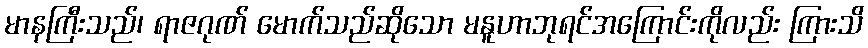
မာနကြီးသည်၊ ရာဇဂုဏ် မောက်သည်ဆိုသော မနူဟာဘုရင်အကြောင်းကိုလည်း ကြားသိ